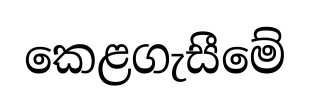
කෙළගැසීමේ